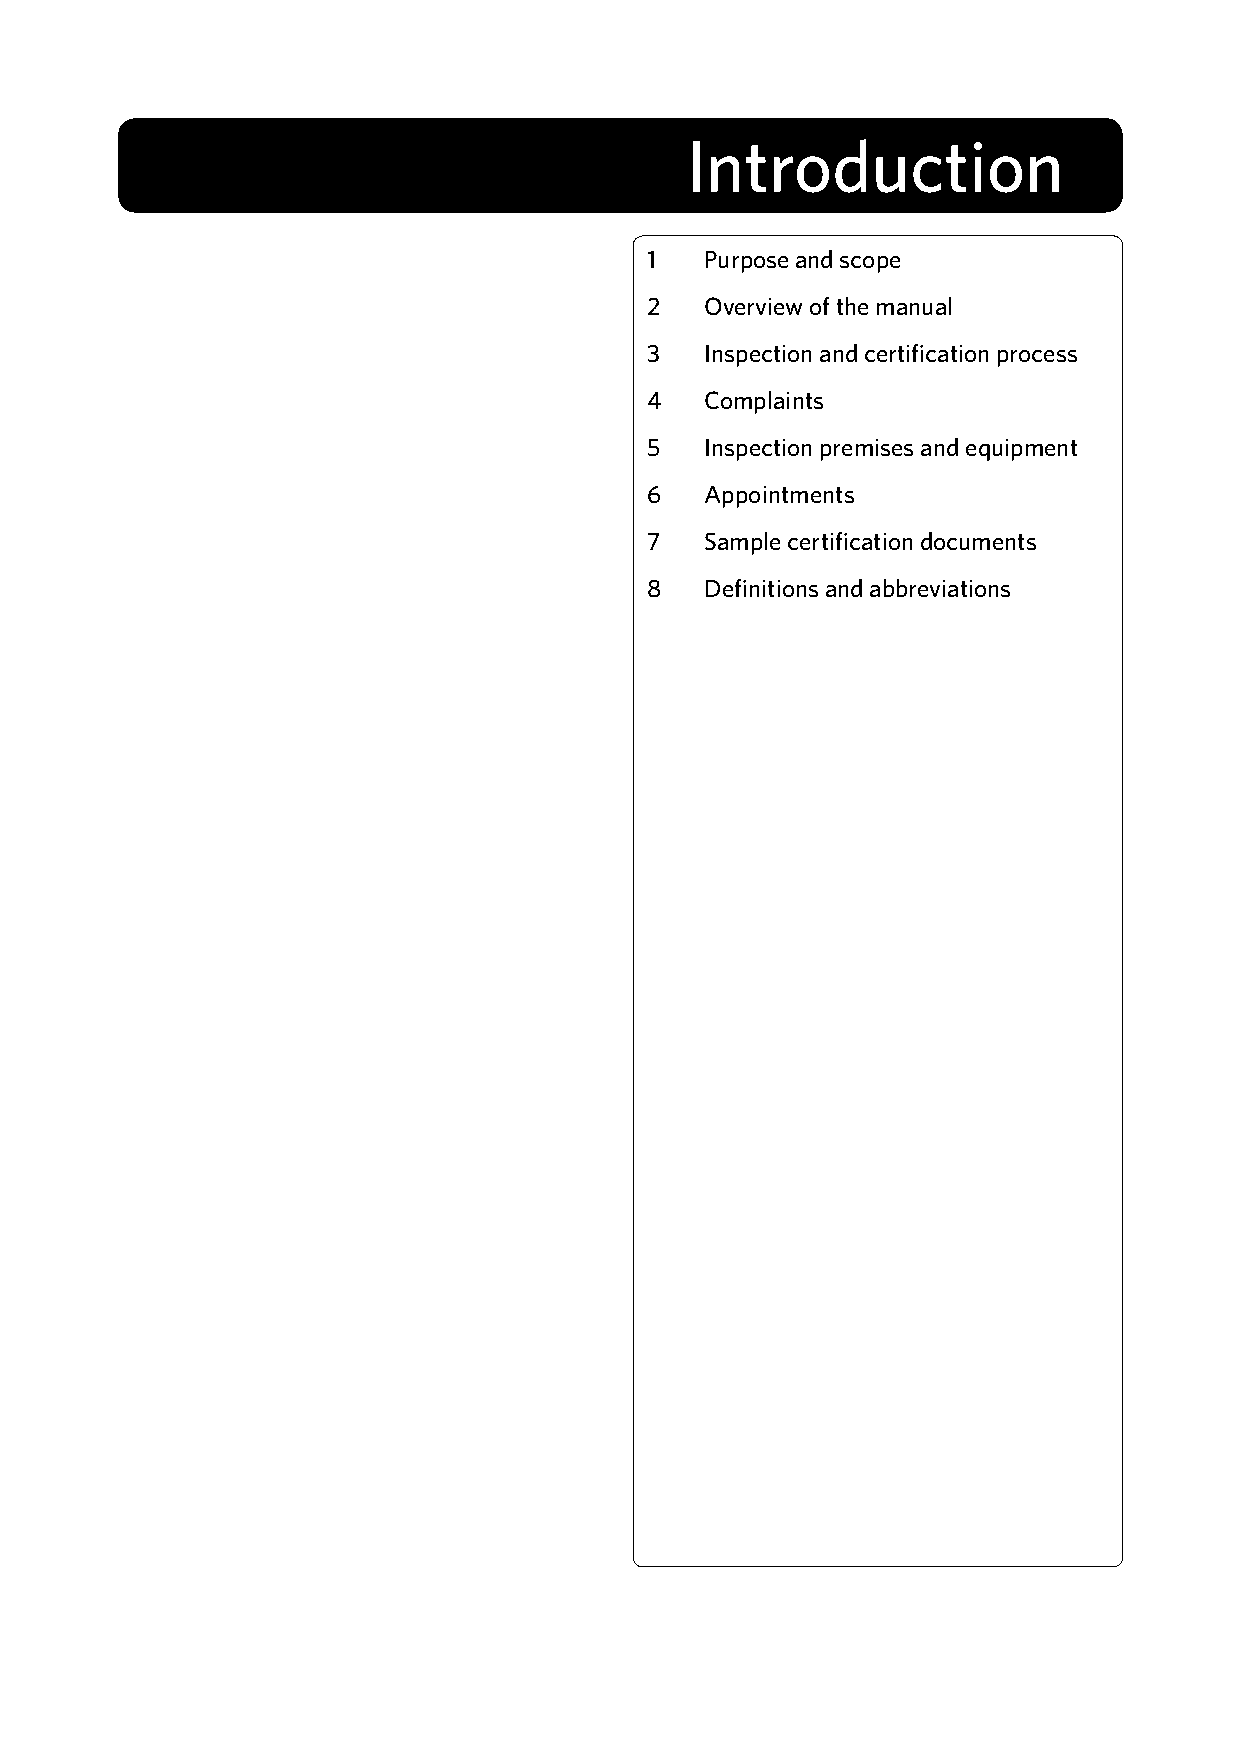
Introduction
 1   Purpose and scope
 2   Overview of the manual
 3   Inspection and certification process
 4   Complaints
 5   Inspection premises and equipment
 6   Appointments
 7   Sample certification documents
 8   Definitions and abbreviations